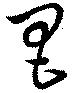
昌